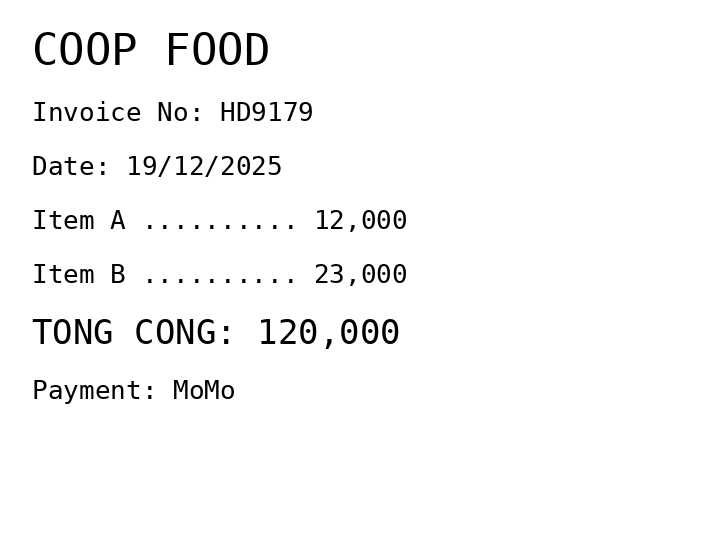
COOP FOOD
Invoice No: HD9179
Date: 19/12/2025
Item A .......... 12,000
Item B .......... 23,000
TONG CONG: 120,000
Payment: MoMo
Merchant: coop food
Date: 2025-12-19
Total: 120000
Invoice No: HD9179
Payment method: MOMO